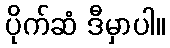
ပိုက်ဆံ ဒီမှာပါ။